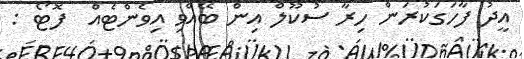
އީދު ފާހަގަކުރަން ހިރާ ސުކޫލް އިން ބޭއްވި އިވެންޓެއް  ފޮޓޯ :